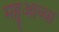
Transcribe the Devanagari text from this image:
महुआच्या